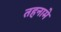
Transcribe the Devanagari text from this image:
तहनामे